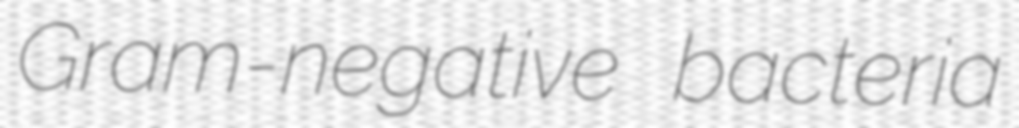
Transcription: Gram-negative bacteria